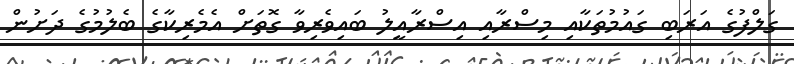
ގަލްފުގެ އަރަބި ގައުމުތަކާއި މިސްރާއި އިސްރާއީލު ބައިވެރިވާ ގޮތަށް އެމެރިކާގެ ބެލުމުގެ ދަށުން